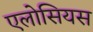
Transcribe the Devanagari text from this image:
एलोसियस